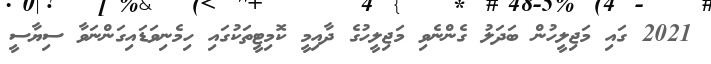
2021 ގައި މަޖިލީހުން ބަދަލު ގެންނެވި މަޖިލީހުގެ ދާއިމީ ކޮމިޓީތަކުގައި ހިމެނިވަޑައިގަންނަވާ ސިޔާސީ